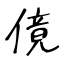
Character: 傹